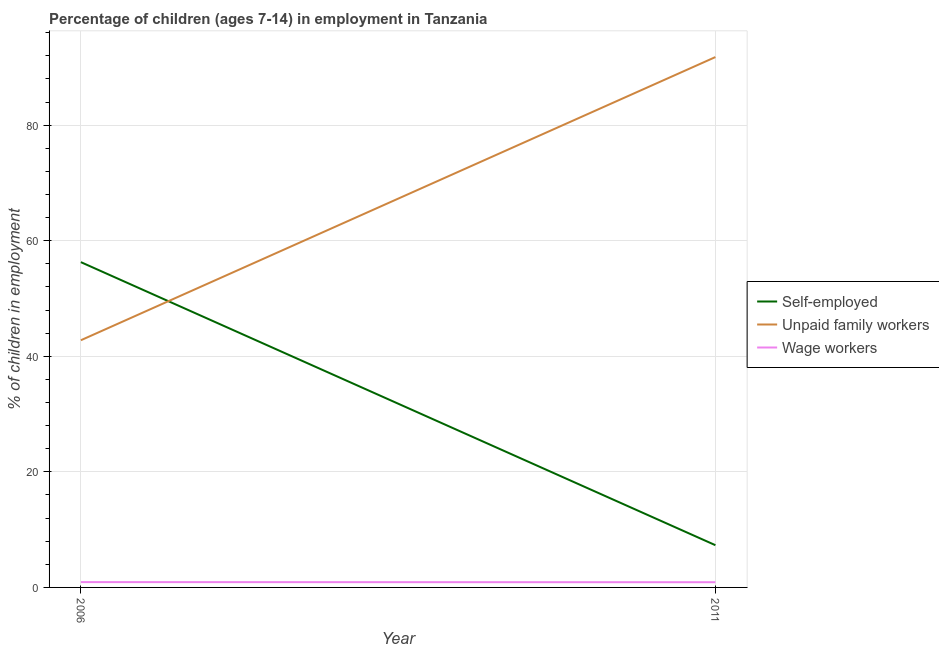
| Year | Self-employed | Unpaid family workers | Wage workers |
 | --- | --- | --- | --- |
 | 2006 | 56.3 | 42.8 | 0.92 |
 | 2011 | 7.31 | 91.8 | 0.9 |